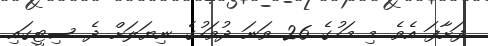
ފަށާފަ އެވެ. މި މަހުގެ 26 ވަނަ ދުވަހުގެ ނިޔަލަށް ދެ ސިޓީގައި